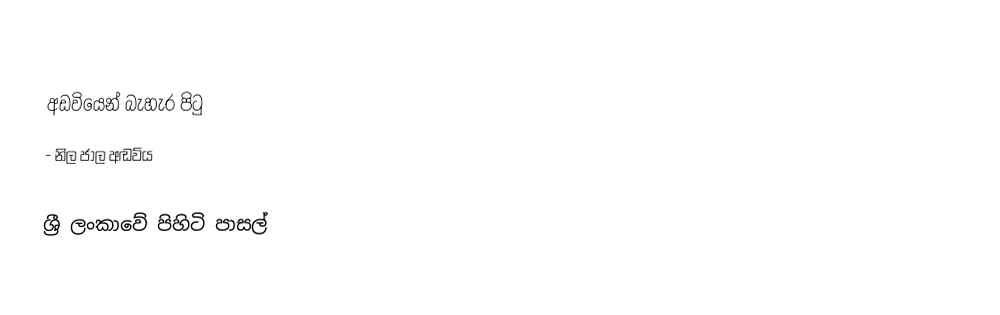

අඩවියෙන් බැහැර පිටු
- නිල ජාල අඬව්ය

ශ්‍රී ලංකාවේ පිහිටි පාසල්